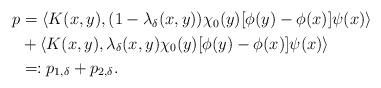
LaTeX: \begin{align*} \begin{aligned} p&=\langle K(x,y), (1-\lambda_\delta(x,y))\chi_0(y)[\phi(y)-\phi(x)]\psi(x) \rangle \\ &+ \langle K(x,y), \lambda_\delta(x,y)\chi_0(y)[\phi(y)-\phi(x)]\psi(x) \rangle \\ &=: p_{1,\delta}+p_{2,\delta}. \end{aligned} \end{align*}